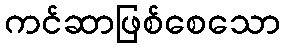
ကင်ဆာဖြစ်စေသော